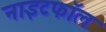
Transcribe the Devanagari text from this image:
नाइटफॉल